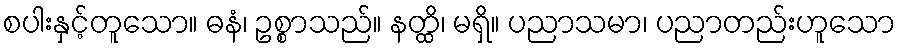
စပါးနှင့်တူသော။ ဓနံ၊ ဥစ္စာသည်။ နတ္ထိ၊ မရှိ။ ပညာသမာ၊ ပညာတည်းဟူသော